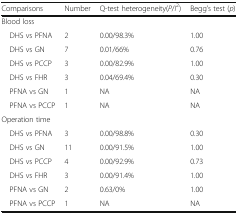
| Comparisons | Number | Q-test heterogeneity(P/I2) | Begg’s test (p) |
 | --- | --- | --- | --- |
 | <COLSPAN=4> Blood loss |
 | DHS vs PFNA | 2 | 0.00/98.3% | 1.00 |
 | DHS vs GN | 7 | 0.01/66% | 0.76 |
 | DHS vs PCCP | 3 | 0.00/82.9% | 1.00 |
 | DHS vs FHR | 3 | 0.04/69.4% | 0.30 |
 | PFNA vs GN | 1 | NA | NA |
 | PFNA vs PCCP | 1 | NA | NA |
 | <COLSPAN=4> Operation time |
 | DHS vs PFNA | 3 | 0.00/98.8% | 0.30 |
 | DHS vs GN | 11 | 0.00/91.5% | 1.00 |
 | DHS vs PCCP | 4 | 0.00/92.9% | 0.73 |
 | DHS vs FHR | 3 | 0.00/91.4% | 1.00 |
 | PFNA vs GN | 2 | 0.63/0% | 1.00 |
 | PFNA vs PCCP | 1 | NA | NA |